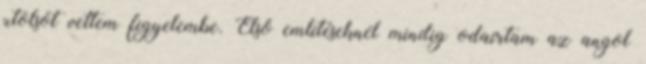
utolsót vettem figyelembe. Első említéseknél mindig odaírtam az angol